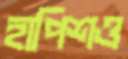
হাপিশও